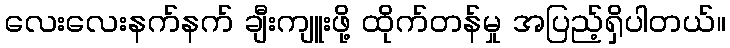
လေးလေးနက်နက် ချီးကျူးဖို့ ထိုက်တန်မှု အပြည့်ရှိပါတယ်။